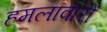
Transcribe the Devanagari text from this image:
हमलावारों